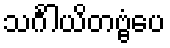
သင်္ဂါယိတဗ္ဗံပေ